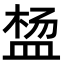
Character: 𬐠